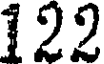
122